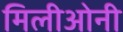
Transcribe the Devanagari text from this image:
मिलीओनी